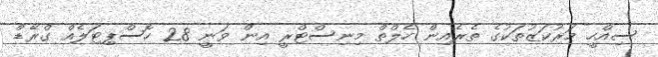
ސިއްހީ މަރުކަޒުތަކުގެ ތެރެެއިން ހެލްތް މިނިސްޓްރީ އިން ވަނީ 28 ހޮސްޕިޓަލެއް ގްރޭޑް